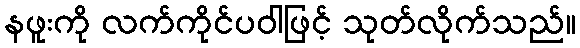
နဖူးကို လက်ကိုင်ပဝါဖြင့် သုတ်လိုက်သည်။